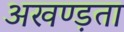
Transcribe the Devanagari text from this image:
अखण्ड़ता